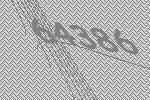
64386